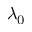
\lambda _ { 0 }